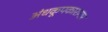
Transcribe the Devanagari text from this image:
अंधकूपकारागार